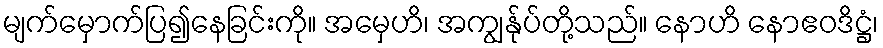
မျက်မှောက်ပြ၍နေခြင်းကို။ အမှေဟိ၊ အကျွန်ုပ်တို့သည်။ နောဟိ နောဧဝဒိဋ္ဌံ၊